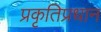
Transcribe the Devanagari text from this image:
प्रकृतिप्रधान